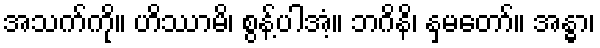
အသက်ကို။ ဟိဿာမိ၊ စွန့်ပါအံ့။ ဘဂိနိ၊ နှမတော်။ အန္ဓာ၊